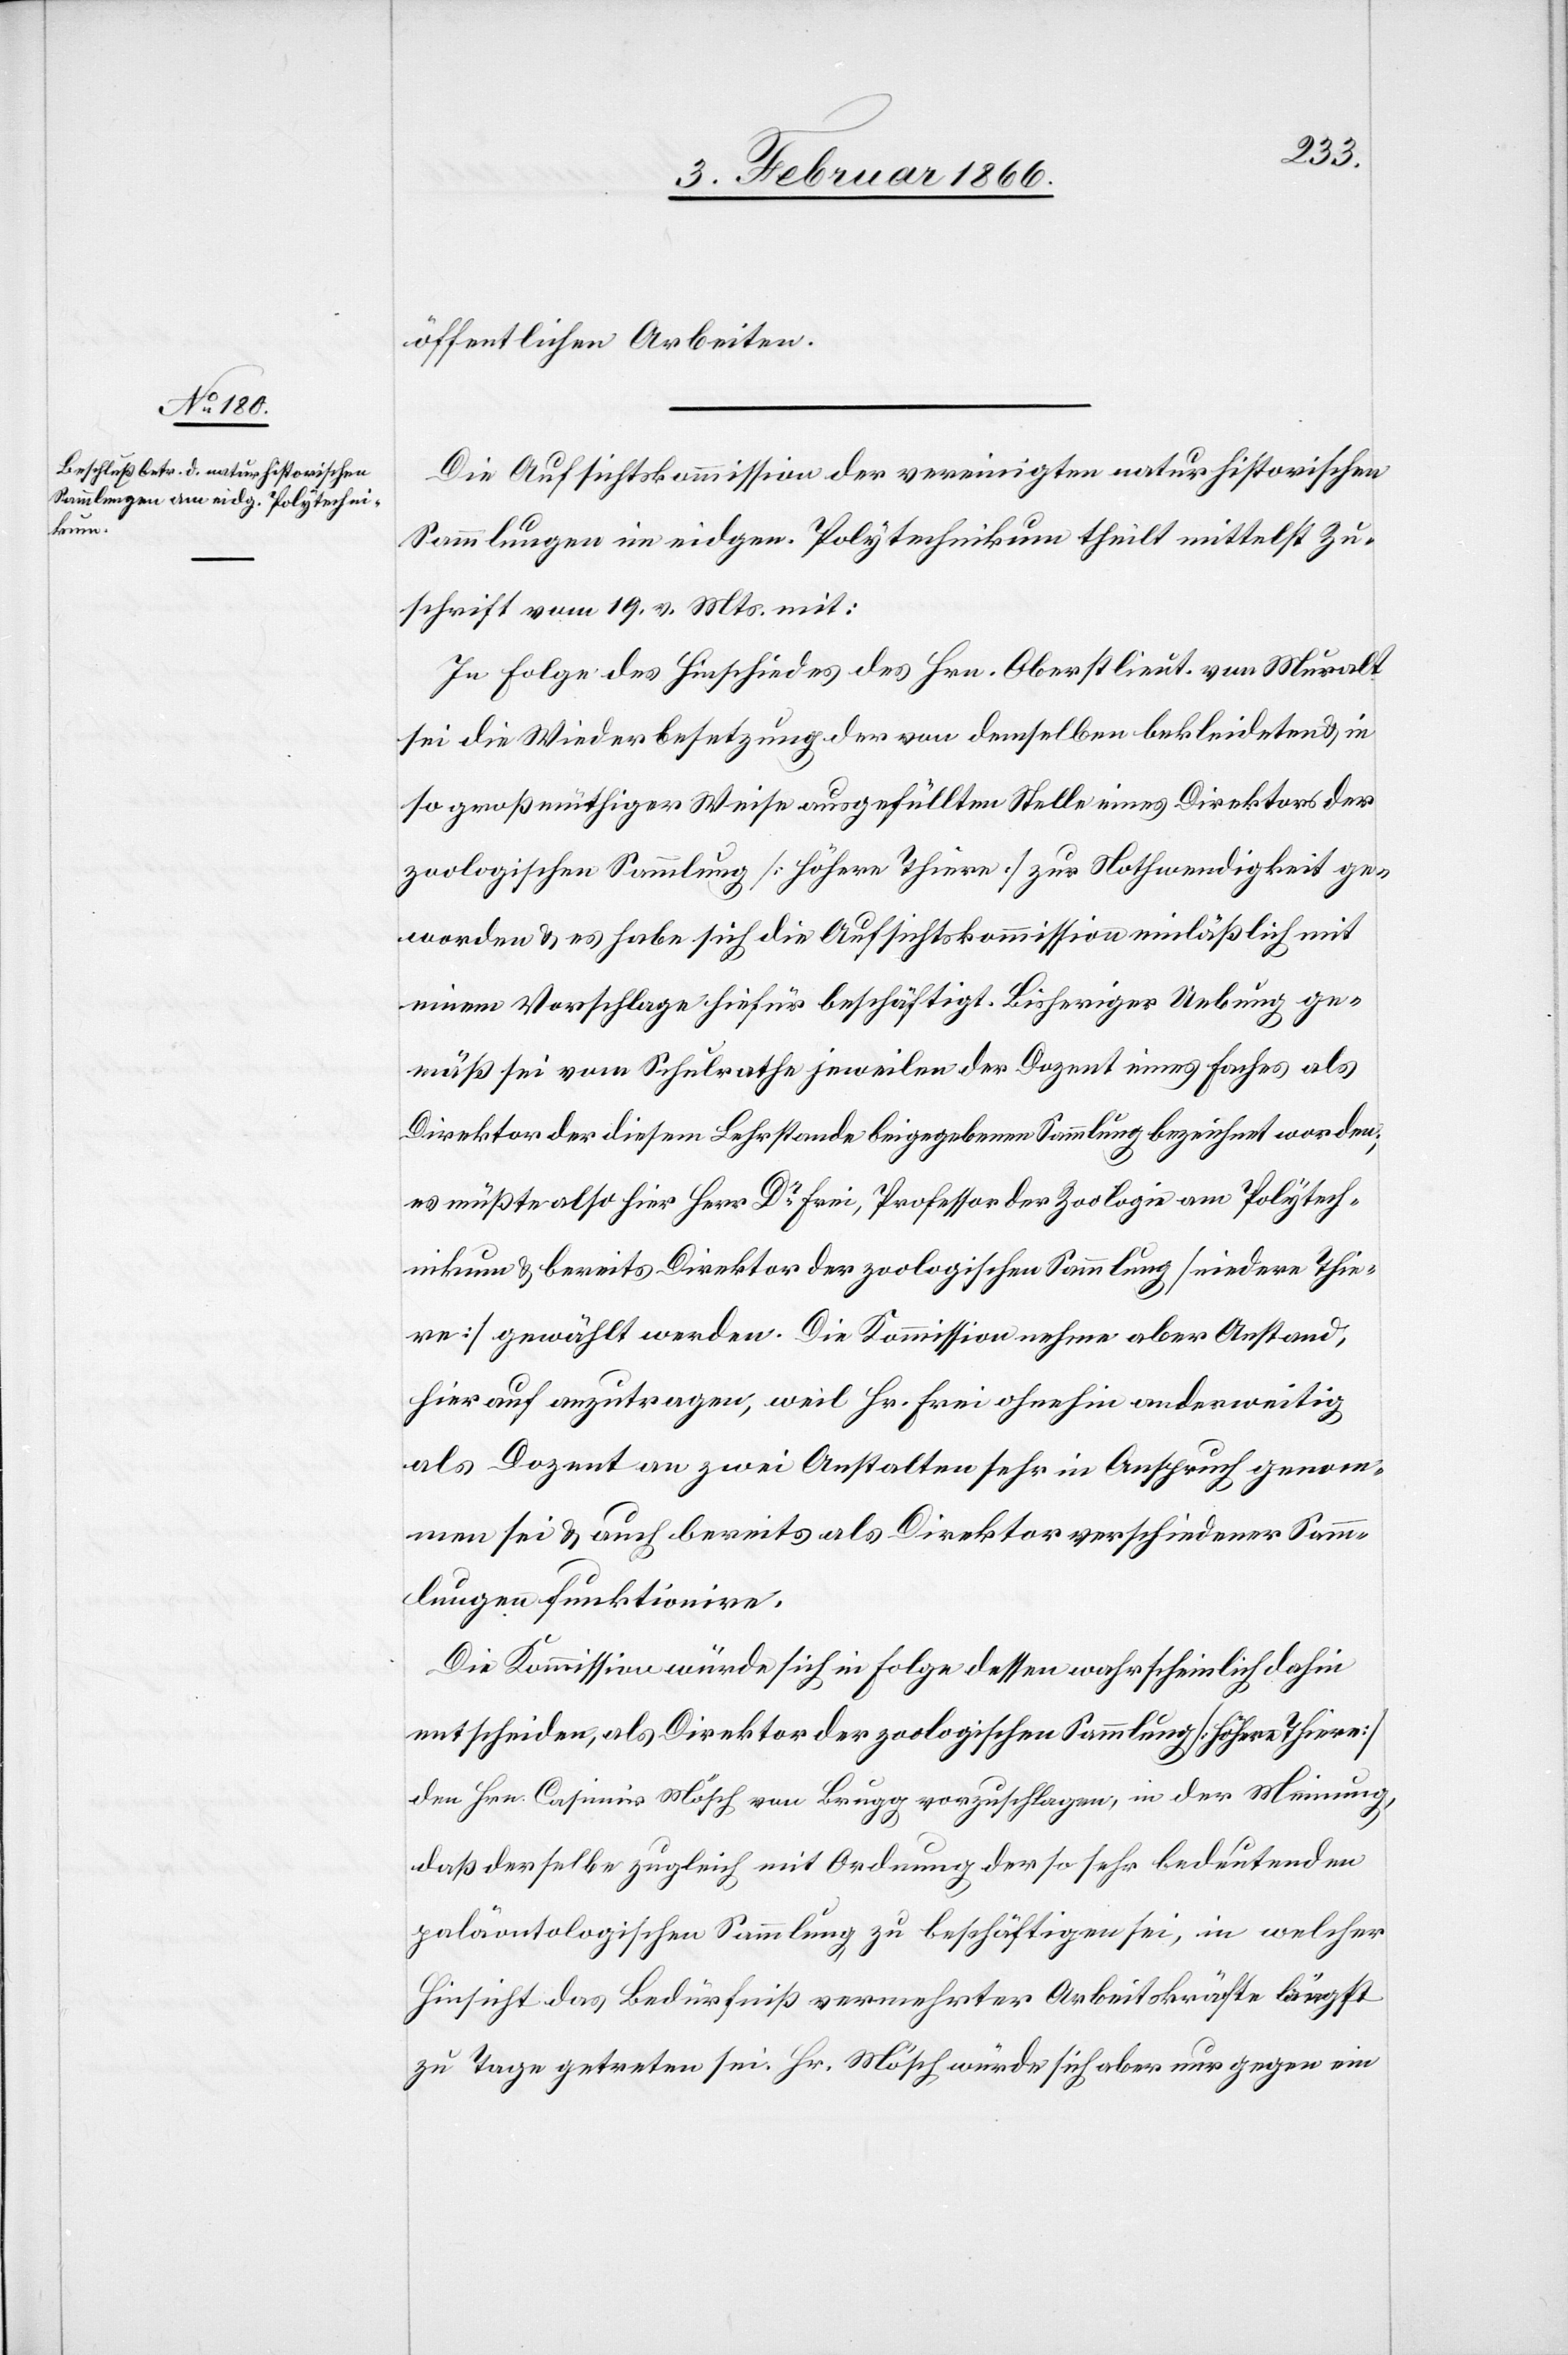
öffentlichen Arbeiten.
Die Aufsichtskommission der vereinigten naturhistorischen
Sammlungen im eidgen. Polytechnikum theilt mittelst Zu¬
schrift vom 19. v. Mts mit:
In Folge des Hinschiedes des Hrn. Oberstlieut. von Muralt
sie die Wiederbesetzung der von demselben bekleideten u. in
so großmüthiger Weise ausgefüllten Stelle eines Direktors der
zoologischen Sammlung [Höhere Thiere] zur Nothwendigkeit ge¬
worden u. es habe sich die Aufsichtskommission einläßlich mit
einem Vorschlage hiefür beschäftigt. Bisheriger Uebung ge¬
mäß sei vom Schulrathe jeweilen der Dozent eines Faches als
Direktor der diesem Lehrstande beigegebenen Sammlung bezeichnet worden;
es müßte also hier Herr Dr. Frei, Professor der Zoologie am Polytech¬
nikum u. bereits Direktor der zoologischen Sammlung [niedere Thie¬
re] gewählt werden. Die Kommission nehme aber Anstand,
hierauf anzutragen, weil Hr. Frei ohnehin anderweitig
als Dozent an zwei Anstalten sehr in Anspruch genom¬
men sei u. auch bereits als Direktor verschiedener Samm¬
lungen funktionire.
Die Kommission würde sich in Folge dessen wahrscheinlich dahin
entscheiden, als Direktor der zoologischen Sammlung [Höhere Thiere]
den Hrn. Casimir Mösch von Brugg vorzuschlagen, in der Meinung,
daß derselbe zugleich mit Ordnung der so sehr bedeutenden
paläontologischen Sammlung zu beschäftigen sei, in welcher
Hinsicht das Bedürfniß vermehrter Arbeitskräfte längst
zu Tage getreten sei. Hr. Mösch würde sich aber nur gegen ein